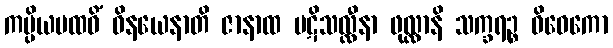
ကပ္ပိယပထဝိံ ဝိနယေနာတိ ဇာနာထ ပဋိသလ္လီနာ ဖုလ္လာနိ သက္ခရဉ္စ ဝိဝေကော